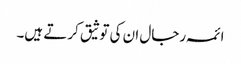
ائمہ رجال ان کی توثیق کرتے ہیں۔